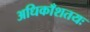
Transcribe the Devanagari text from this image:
अधिकाँशतयः